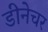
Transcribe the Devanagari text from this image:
डीनेचर